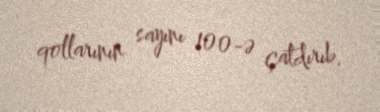
qollarının sayını 100-ə çatdırıb.